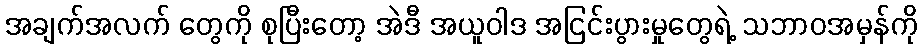
အချက်အလက် တွေကို စုပြီးတော့ အဲဒီ အယူဝါဒ အငြင်းပွားမှုတွေရဲ့ သဘာဝအမှန်ကို